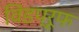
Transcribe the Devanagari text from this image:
विंडप्रूफ